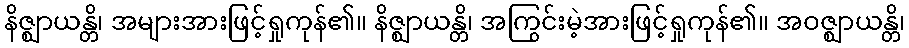
နိဇ္ဈာယန္တိ၊ အများအားဖြင့်ရှုကုန်၏။ နိဇ္ဈာယန္တိ၊ အကြွင်းမဲ့အားဖြင့်ရှုကုန်၏။ အဝဇ္ဈာယန္တိ၊